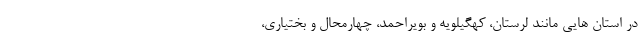
در استان هایی مانند لرستان، کهگیلویه و بویراحمد، چهارمحال و بختیاری،